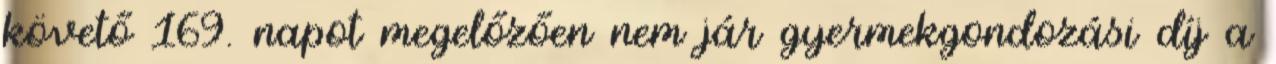
követő 169. napot megelőzően nem jár gyermekgondozási díj a